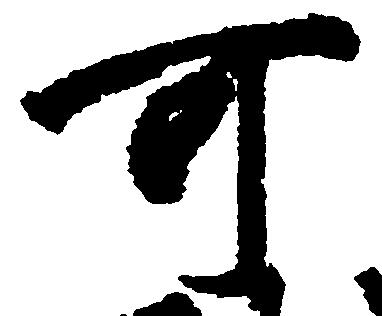
可